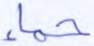
حمإ